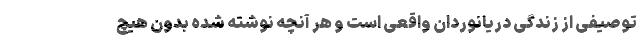
توصیفی از زندگی دریانوردان واقعی است و هر آنچه نوشته شده بدون هیچ